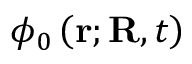
\phi _ { 0 } \left( \mathbf { r } ; \mathbf { R } , t \right)